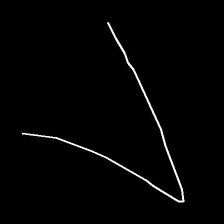
Glyph: region